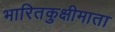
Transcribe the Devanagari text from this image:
भारितकुक्षीमाता